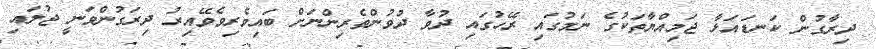
ދިރާގުން ކަނޑައަޅާ ޖަމިއްޔާތަކުގެ ނަމުގައި ރޭހުގައި ދުވާ ދުވުންތެރިންނަށް ބައިވެރިވެވޭއިރު ދިރަގުންވަނީ ޖުލައި